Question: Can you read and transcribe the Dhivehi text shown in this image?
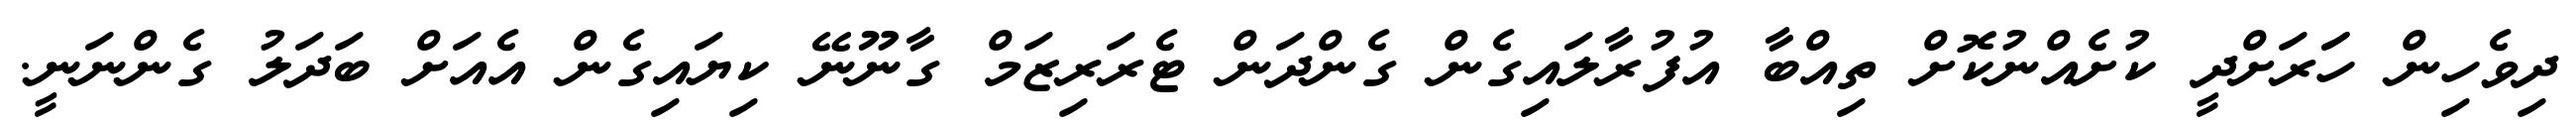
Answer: ދިވެހިން ހަަރަށްދީ ކުށެއްނުކޮށް ތިއްބާ އުފުރާލައިގެން ގެންދަން ޓެރަރިޒަމް ގާނޫނޭ ކިޔައިގެން އެއަށް ބަދަލު ގެންނަނީ.